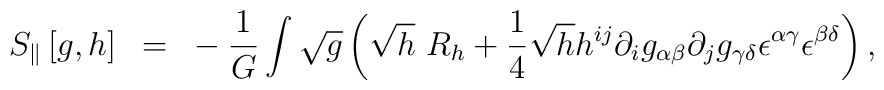
S_{\|}\left[g,h \right]~=~-{1 \over G}\int \sqrt g \left(\sqrt h~R_h +{1 \over4}\sqrt h h^{ij} \partial_ig_{\alpha \beta}\partial_jg_{\gamma\delta}{\epsilon}^{\alpha \gamma}{\epsilon}^{\beta \delta}\right),